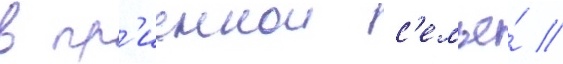
в пр'иемнои с'емье́ //